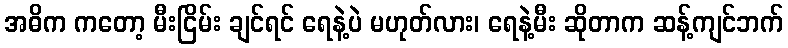
အဓိက ကတော့ မီးငြိမ်း ချင်ရင် ရေနဲ့ပဲ မဟုတ်လား၊ ရေနဲ့မီး ဆိုတာက ဆန့်ကျင်ဘက်